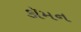
કૉમન